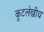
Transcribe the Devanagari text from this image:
कूटलेखीय